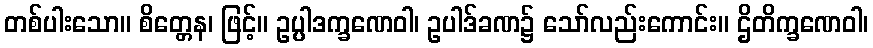
တစ်ပါးသော။ စိတ္တေန၊ ဖြင့်။ ဥပ္ပါဒက္ခဏေဝါ၊ ဥပါဒ်ခဏ၌ သော်လည်းကောင်း။ ဌိတိက္ခဏေဝါ၊